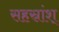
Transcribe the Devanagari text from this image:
सहस्रांश्